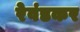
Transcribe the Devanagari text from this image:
रेवंडकर